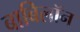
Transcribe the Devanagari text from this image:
बाबिलॉन